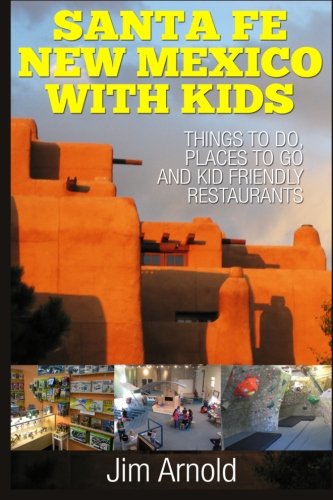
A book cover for Santa Fe New Mexico With Kids: Things To Do, Places To Go And Kid Friendly Restaurants; Jim Arnold; Travel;